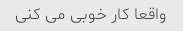
واقعا کار خوبی می کنی